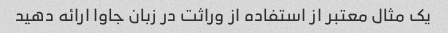
یک مثال معتبر از استفاده از وراثت در زبان جاوا ارائه دهید